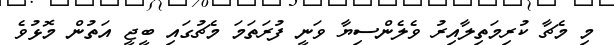
މި މެޗާ ކުރިމަތިލާއިރު ވެލެންސިޔާ ވަނީ ފުރަތަމަ މެޗުގައި ބީޖީ އަތުން މޮޅުވެ